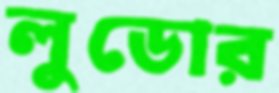
লুডোর